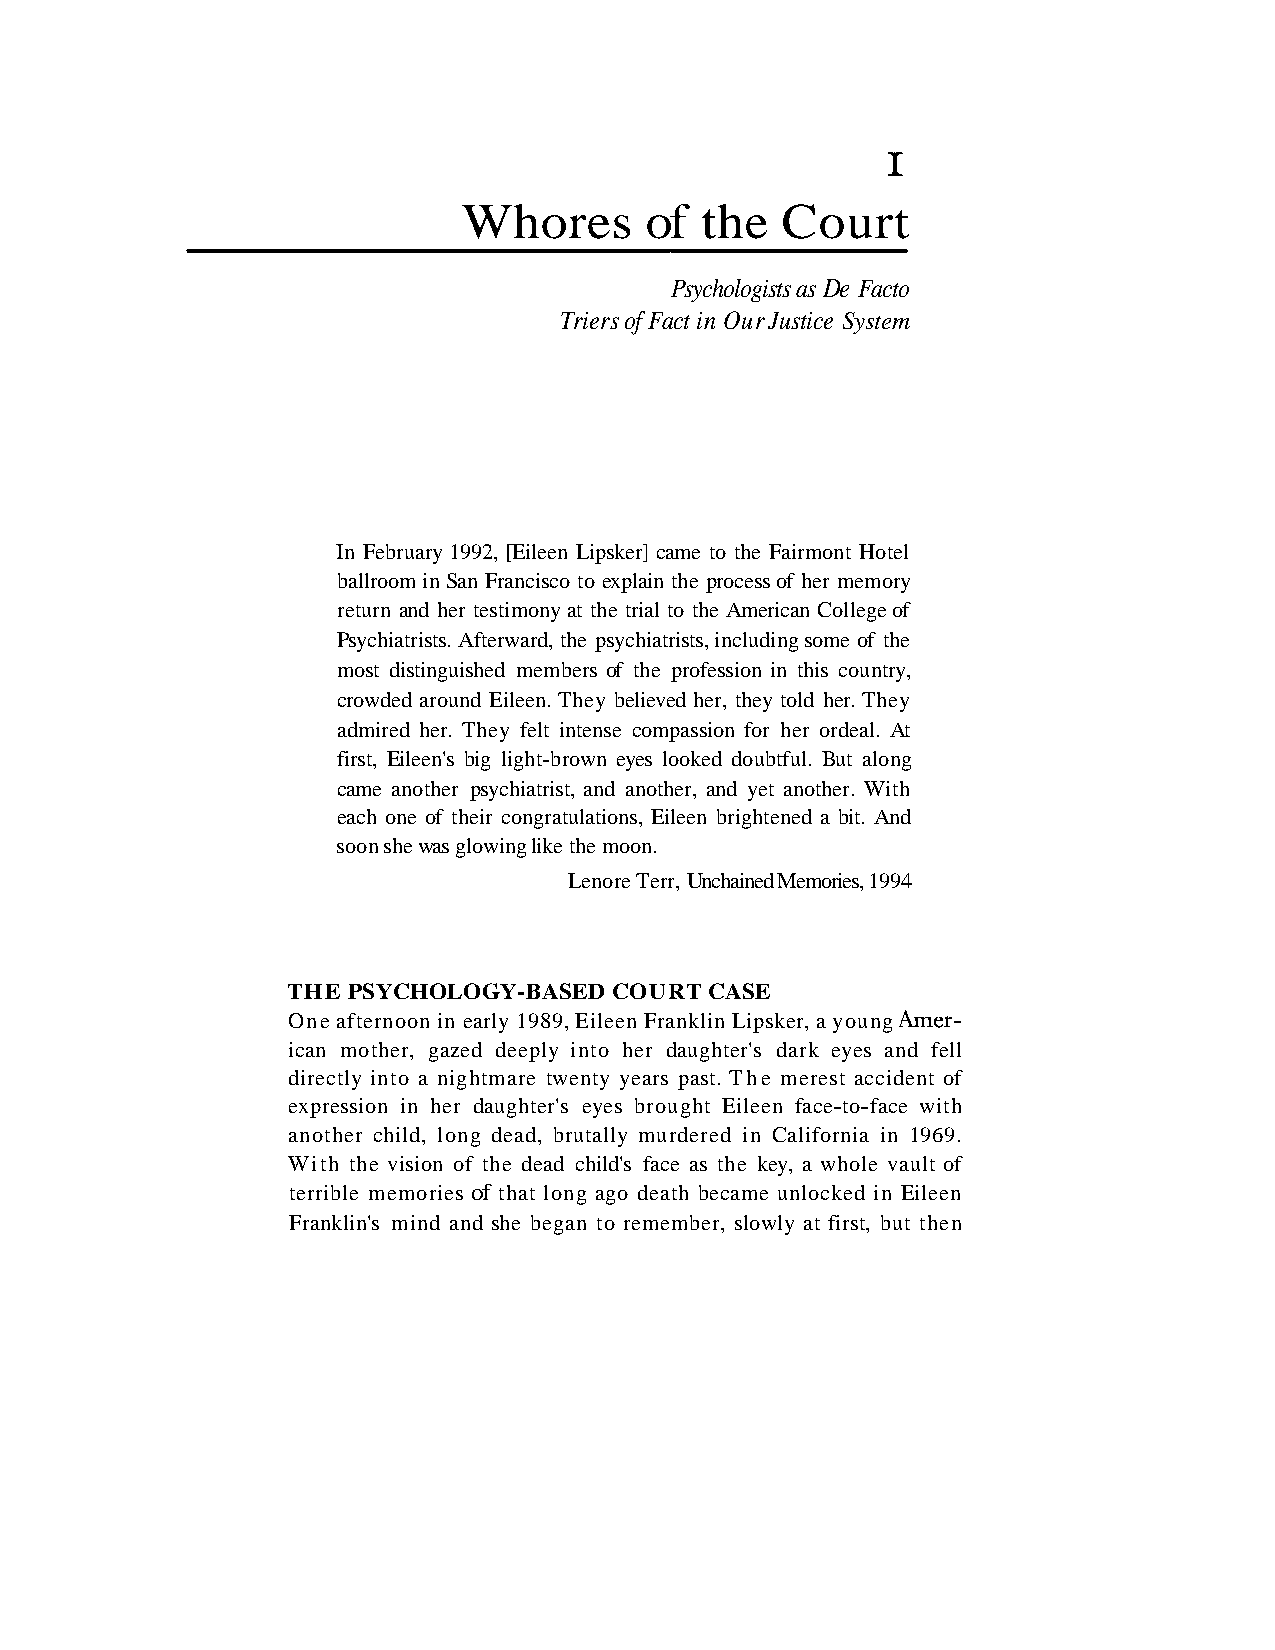
Whores      of the   Court
 -- -  - -- -
 Psychologists as De Facto
 Triers of Fact in Our Justice System
 In February 1992, [Eileen Lipsker] came to the Fairmont Hotel
 ballroom in San Francisco to explain the process of her memory
 return and her testimony at the trial to the American College of
 Psychiatrists. Afterward, the psychiatrists, including some of the
 most distinguished members of the profession in this country,
 crowded around Eileen. They believed her, they told her. They
 admired her. They felt intense compassion for her ordeal. At
 first, Eileen's big light-brown eyes looked doubtful. But along
 came another psychiatrist, and another, and yet another. With
 each one of their congratulations, Eileen brightened a bit. And
 soon she was glowing like the moon.
 Lenore Terr, Unchained Memories, 1994
 THE PSYCHOLOGY-BASED COURT  CASE
 One afternoon in early 1989, Eileen Franklin Lipsker, a young Arner-
 ican mother, gazed deeply into her daughter's dark eyes and fell
 directly into a nightmare twenty years past. The merest accident of
 expression in her daughter's eyes brought Eileen face-to-face with
 another child, long dead, brutally murdered in California in 1969.
 With the vision of the dead child's face as the key, a whole vault of
 terrible memories of that long ago death became unlocked in Eileen
 Franklin's mind and she began to remember, slowly at first, but then